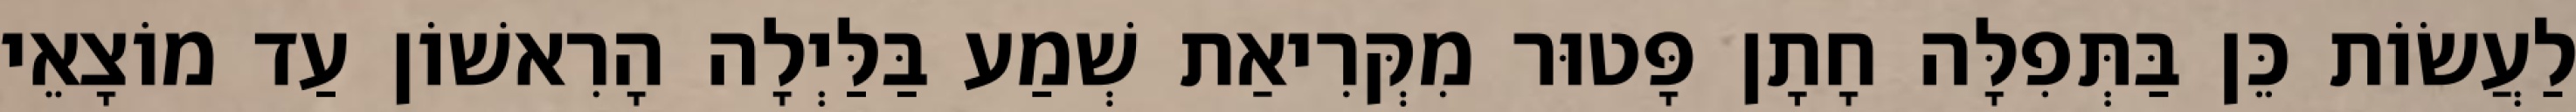
לַעֲשׂוֹת כֵּן בַּתְּפִלָּה חָתָן פָּטוּר מִקְּרִיאַת שְׁמַע בַּלַּיְלָה הָרִאשׁוֹן עַד מוֹצָאֵי